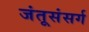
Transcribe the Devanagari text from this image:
जंतूसंसर्ग